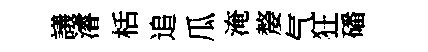
議濬栝追瓜淹嫠气狂磻